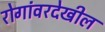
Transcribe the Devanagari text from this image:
रोगांवरदेखील